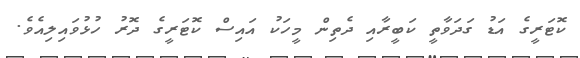
ކޮޓަރީގެ އަޑު ގަދަވާތީ ކަބީރާއި ދެތިން މީހަކު އައިސް ކޮޓަރީގެ ދޮރު ހުޅުވައިލިއެވެ.